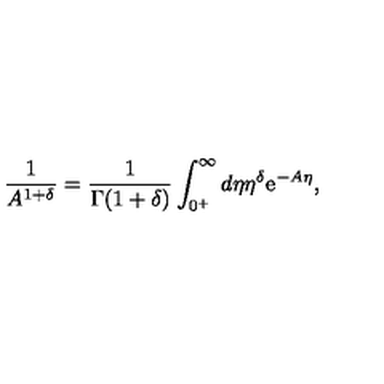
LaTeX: \frac { 1 } { A ^ { 1 + \delta } } = \frac { 1 } { \Gamma ( 1 + \delta ) } \int _ { 0 ^ { + } } ^ { \infty } d \eta \eta ^ { \delta } \mathrm { e } ^ { - A \eta } ,